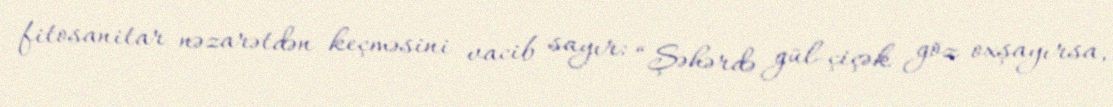
fitosanitar nəzarətdən keçməsini vacib sayır: “Şəhərdə gül-çiçək göz oxşayırsa,